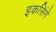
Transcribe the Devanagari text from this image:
इकसिंगें